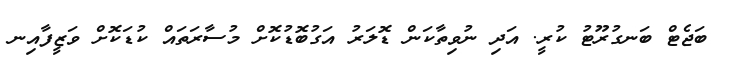
ބަޖެޓް ބަނގުރޫޓު ކުރީ. އަދި ނުވިތާކަން ޑޮލަރު އަގުބޮޑުކޮށް މުސާރަތައް ކުޑަކޮށް ވަޒީފާއިނ